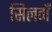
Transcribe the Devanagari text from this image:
सिलवाँ